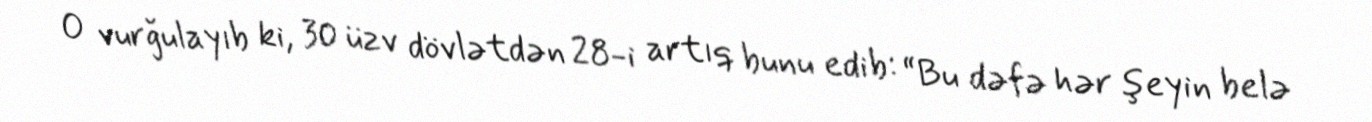
O vurğulayıb ki, 30 üzv dövlətdən 28-i artıq bunu edib: “Bu dəfə hər şeyin belə